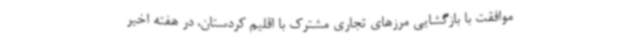
موافقت با بازگشایی مرزهای تجاری مشترک با اقلیم کردستان، در هفته اخیر